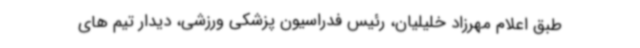
طبق اعلام مهرزاد خلیلیان، رئیس فدراسیون پزشکی ورزشی، دیدار تیم های